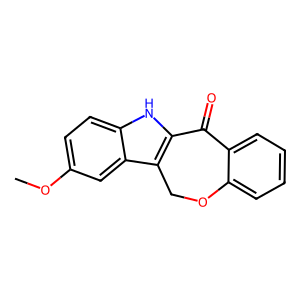
SMILES: COc1ccc2[nH]c3c(c2c1)COc1ccccc1C3=O
Inhibits HIV replication: No